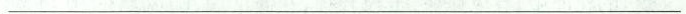
___